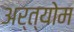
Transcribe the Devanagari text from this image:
अर्त्योम